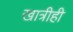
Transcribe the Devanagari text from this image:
खात्रीही